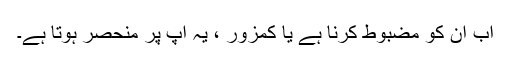
اب ان کو مضبوط کرنا ہے یا کمزور ، یہ آپ پر منحصر ہوتا ہے۔